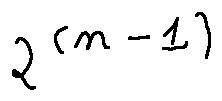
2 ^ { ( n - 1 ) }